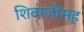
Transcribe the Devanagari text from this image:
शिवाजीसह